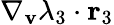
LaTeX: \nabla_{\mathbf{v}}\lambda_{3}\cdot\mathbf{r}_{3}